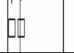
٢٥